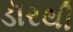
ડૉરથી